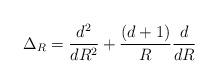
LaTeX: \begin{align*}\Delta _R = \frac{d^2}{dR^2} + \frac{(d+1)}{R} \frac{d}{dR}\end{align*}